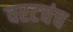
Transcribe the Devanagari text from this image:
वरटचंच